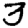
Digit: 3